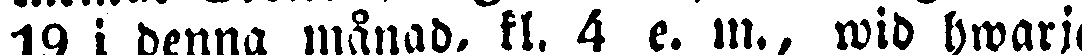
19 i denna månad, kl. 4 e. m., wid hwarje